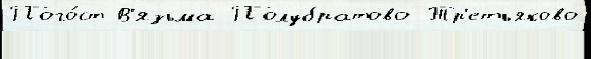
Пого́ст В'язьма Полубратово Тр'етьяково